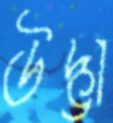
উদ্ভা